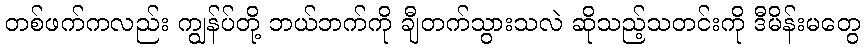
တစ်ဖက်ကလည်း ကျွန်ပ်တို့ ဘယ်ဘက်ကို ချီတက်သွားသလဲ ဆိုသည့်သတင်းကို ဒီမိန်းမတွေ